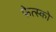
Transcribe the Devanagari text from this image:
फेत्स्को